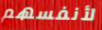
لأنفسهم